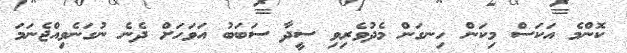
ކޮންމެ އަކަސް މިކަން ހިނގަން މެދުވެރިވި ސީދާ ސަބަބު އަވަހަށް ދެނެ ނުގަނެވިއްޖެނަމަ